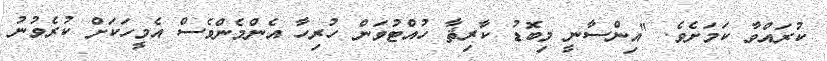
ކުރައްވާ ކަމަށެވެ. "އިންސާނީ މިބޮޑު ކާރިޘާ ހުއްޓުވަން ހުރިހާ އެންމެންވެސް އެމީހަކަށް ކުރެވުނު